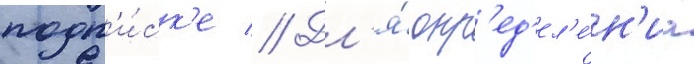
подп'и́ск'е // Дл'я́ опр'ед'ел'е́н'иа